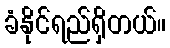
ခံနိုင်ရည်ရှိတယ်။